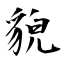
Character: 貌